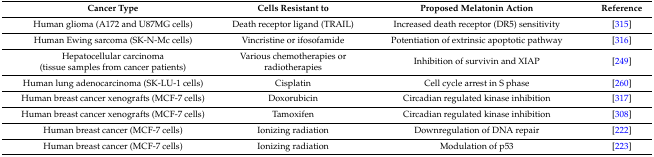
<table><thead><tr><td><b>Cancer Type</b></td><td><b>Cells Resistant to</b></td><td><b>Proposed Melatonin Action</b></td><td><b>Reference</b></td></tr></thead><tbody><tr><td>Human glioma (A172 and U87MG cells)</td><td>Death receptor ligand (TRAIL)</td><td>Increased death receptor (DR5) sensitivity</td><td>[315]</td></tr><tr><td>Human Ewing sarcoma (SK-N-Mc cells)</td><td>Vincristine or ifosofamide</td><td>Potentiation of extrinsic apoptotic pathway</td><td>[316]</td></tr><tr><td>Hepatocellular carcinoma (tissue samples from cancer patients)</td><td>Various chemotherapies or radiotherapies</td><td>Inhibition of survivin and XIAP</td><td>[249]</td></tr><tr><td>Human lung adenocarcinoma (SK-LU-1 cells)</td><td>Cisplatin</td><td>Cell cycle arrest in S phase</td><td>[260]</td></tr><tr><td>Human breast cancer xenografts (MCF-7 cells)</td><td>Doxorubicin</td><td>Circadian regulated kinase inhibition</td><td>[317]</td></tr><tr><td>Human breast cancer xenografts (MCF-7 cells)</td><td>Tamoxifen</td><td>Circadian regulated kinase inhibition</td><td>[308]</td></tr><tr><td>Human breast cancer (MCF-7 cells)</td><td>Ionizing radiation</td><td>Downregulation of DNA repair</td><td>[222]</td></tr><tr><td>Human breast cancer (MCF-7 cells)</td><td>Ionizing radiation</td><td>Modulation of p53</td><td>[223]</td></tr></tbody></table>